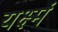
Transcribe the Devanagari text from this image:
यक्ष्मं